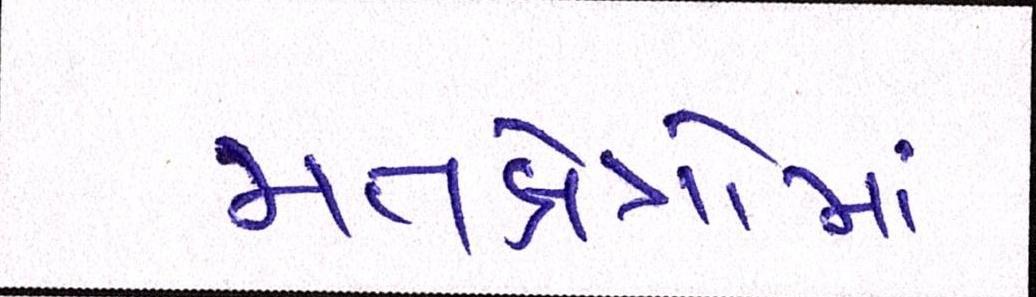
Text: મતક્ષેત્રોમાં